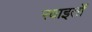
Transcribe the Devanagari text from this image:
रवाइतों